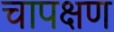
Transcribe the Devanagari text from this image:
चापक्षण